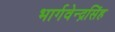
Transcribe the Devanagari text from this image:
भार्गवेन्द्रसिंह